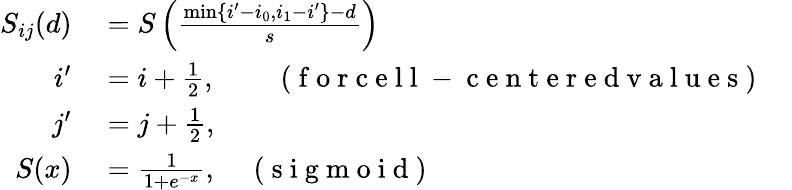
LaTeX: \begin{array}{rlr}{S_{ij}(d)}&{{}=S\left(\frac{\operatorname*{min}\{ i^{\prime}-i_{0},i_{1}-i^{\prime}\} -d}{s}\right)}\\ {i^{\prime}}&{{}=i+\frac{1}{2},\quad\quad\mathrm{~(~f~o~r~c~e~l~l~-~c~e~n~t~e~r~e~d~v~a~l~u~e~s~)~}}\\ {j^{\prime}}&{{}=j+\frac{1}{2},}&{}\\ {S(x)}&{{}=\frac{1}{1+e^{-x}},\quad\mathrm{~(~s~i~g~m~o~i~d~)~}}\end{array}